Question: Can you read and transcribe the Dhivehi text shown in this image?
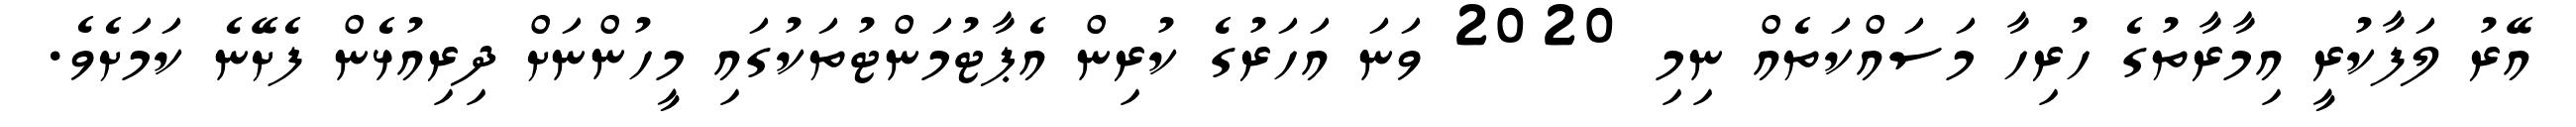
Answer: އޭރު ލަފާކުރީ އިމާރާތުގެ ހުރިހާ މަސައްކަތެއް ނިމި 2020 ވަނަ އަހަރުގެ ކުރިން އެޕާޓުމަންޓުތަކުގައި މީހުންނަށް ދިރިއުޅެން ފެށޭނެ ކަމަށެވެ.